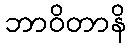
ဘာဝိတာနိ